Vaccination in Bombay 1869-1873 - 1869-1873
Year: 1869
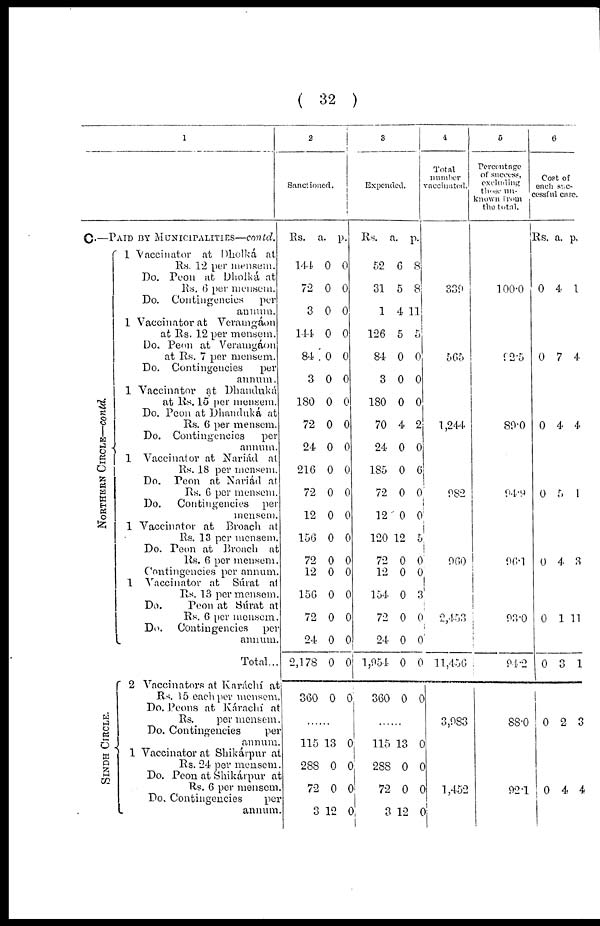
( 32 )
1
C.—PAID BY MUNICIPALITIES—contd.
NORTHERN CIRCLE—contd.
SINDH CIRCLE.
1 Vaccinator at Dholká at
Rs. 12 per mensem.
Do. Peon at Dholká at
Rs. 6 per mensem.
Do. Contingencies
per
annum.
1 Vaccinator at Veramgáon
at Rs. 12 per mensem.
Do. Peon at Veramgáon
at Rs. 7 per mensem.
Do. Contingencies
per
annum.
1 Vaccinator at Dhanduká
at Rs. 15 per mensem.
Do. Peon at Dhanduká at
Rs. 6 per mensem.
Do. Contingencies
per
annum.
1 Vaccinator at Nariád at
Rs. 18 per mensem.
Do.
Peon at Nariád at
Rs. 6 per mensem.
Do.
Contingencies per
mensem.
1 Vaccinator at Broach at
Rs. 13 per mensem.
Do. Peon at Broach at
Rs. 6 per mensem.
Contingencies per annum.
1 Vaccinator at Súrat at
Rs. 13 per mensem.
Do.
Peon at Súrat at
Rs. 6 per mensem.
Do.
Contingencies
per
annum.
Total...
2 Vaccinators at Karáchí at
Rs. 15 each per mensem.
Do. Peons at Kárachí at
Rs.
per mensem.
Do. Contingencies
per
annum.
1 Vaccinator at Shikárpur at
Rs. 24 per mensem.
Do. Peon at Shikárpur at
Rs. 6 per mensem.
Do. Contingencies
per
annum.
2
Sanctioned.
Rs.
144
72
3
144
84
3
180
72
24
216
72
12
156
72
12
156
72
24
2,178
360
a.
0
0
0
0
0
0
0
0
0
0
0
0
0
0
0
0
0
0
0
0
p.
0
0
0
0
0
0
0
0
0
0
0
0
0
0
0
0
0
0
0
0
......
115
288
72
3
13
0
0
12
0
0
0
0
3
Expended.
Rs.
52
31
1
126
84
3
180
70
24
185
72
12
120
72
12
154
72
24
1,954
360
a.
6
5
4
5
0
0
0
4
0
0
0
0
12
0
0
0
0
0
0
0
p.
8
8
11
5
0
0
0
2
0
6
0
0
5
0
0
3
0
0
0
0
......
115
288
72
3
13
0
0
12
0
0
0
0
4
Total
number
vaccinated.
339
565
1,244
982
960
2,453
11,456
3,983
1,452
5
Percentage
of success,
excluding
theses un-
known from
the total.
100.0
92.5
89.0
94.0
96.1
93.0
94.2
88.0
92.1
6
Cost of
each suc-
cessful case.
Rs. a. p.
0 4 1
0 7 4
0 4 4
0 5 1
0 4 3
0 1 11
0 3 1
0 2 3
0 4 4